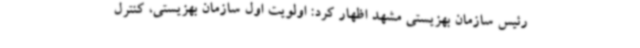
رئیس سازمان بهزیستی مشهد اظهار کرد: اولویت اول سازمان بهزیستی، کنترل